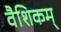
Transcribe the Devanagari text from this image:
वैशिकम्